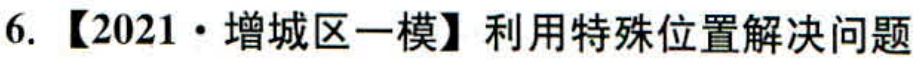
6. 【2021·增城区一模】利用特殊位置解决问题